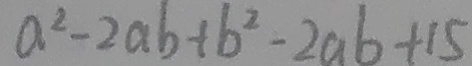
a ^ { 2 } - 2 a b + b ^ { 2 } - 2 a b + 1 5